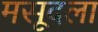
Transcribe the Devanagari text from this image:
मसूदला